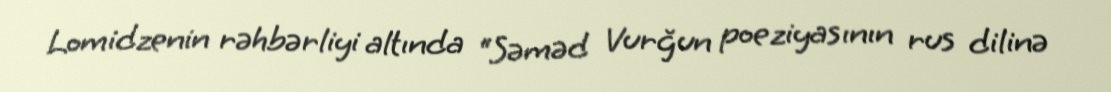
Lomidzenin rəhbərliyi altında “Səməd Vurğun poeziyasının rus dilinə